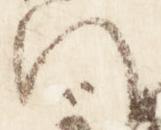
門